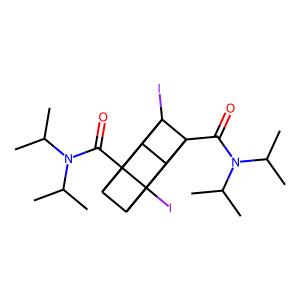
SMILES: CC(C)N(C(=O)C12C3C4C1(I)C1C2C3(I)C41C(=O)N(C(C)C)C(C)C)C(C)C
Inhibits HIV replication: No